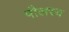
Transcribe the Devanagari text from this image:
पौलस्य